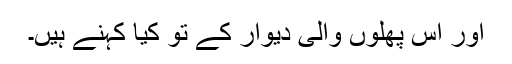
اور اس پھلوں والی دیوار کے تو کیا کہنے ہیں۔